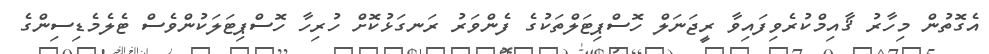
އެގޮތުން މިހާރު ޤާއިމްކުރެވިފައިވާ ރީޖަނަލް ހޮސްޕިޓަލްތަކުގެ ފެންވަރު ރަނގަޅުކޮށް ހުރިހާ ހޮސްޕިޓަލަކުންވެސް ޓެލެމެޑިސިންގެ